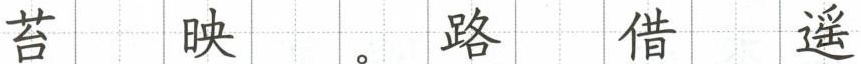
苔 映 。路 借 遥